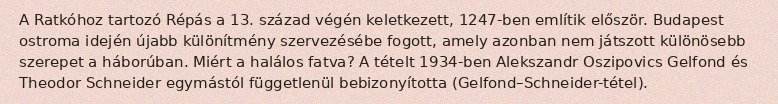
A Ratkóhoz tartozó Répás a 13. század végén keletkezett, 1247-ben említik először. Budapest ostroma idején újabb különítmény szervezésébe fogott, amely azonban nem játszott különösebb szerepet a háborúban. Miért a halálos fatva? A tételt 1934-ben Alekszandr Oszipovics Gelfond és Theodor Schneider egymástól függetlenül bebizonyította (Gelfond–Schneider-tétel).